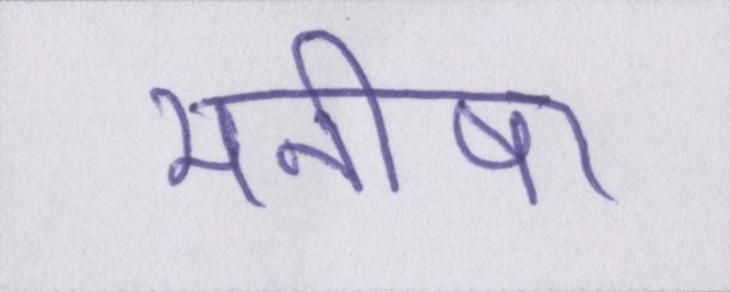
मनीषा